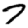
Digit: 7